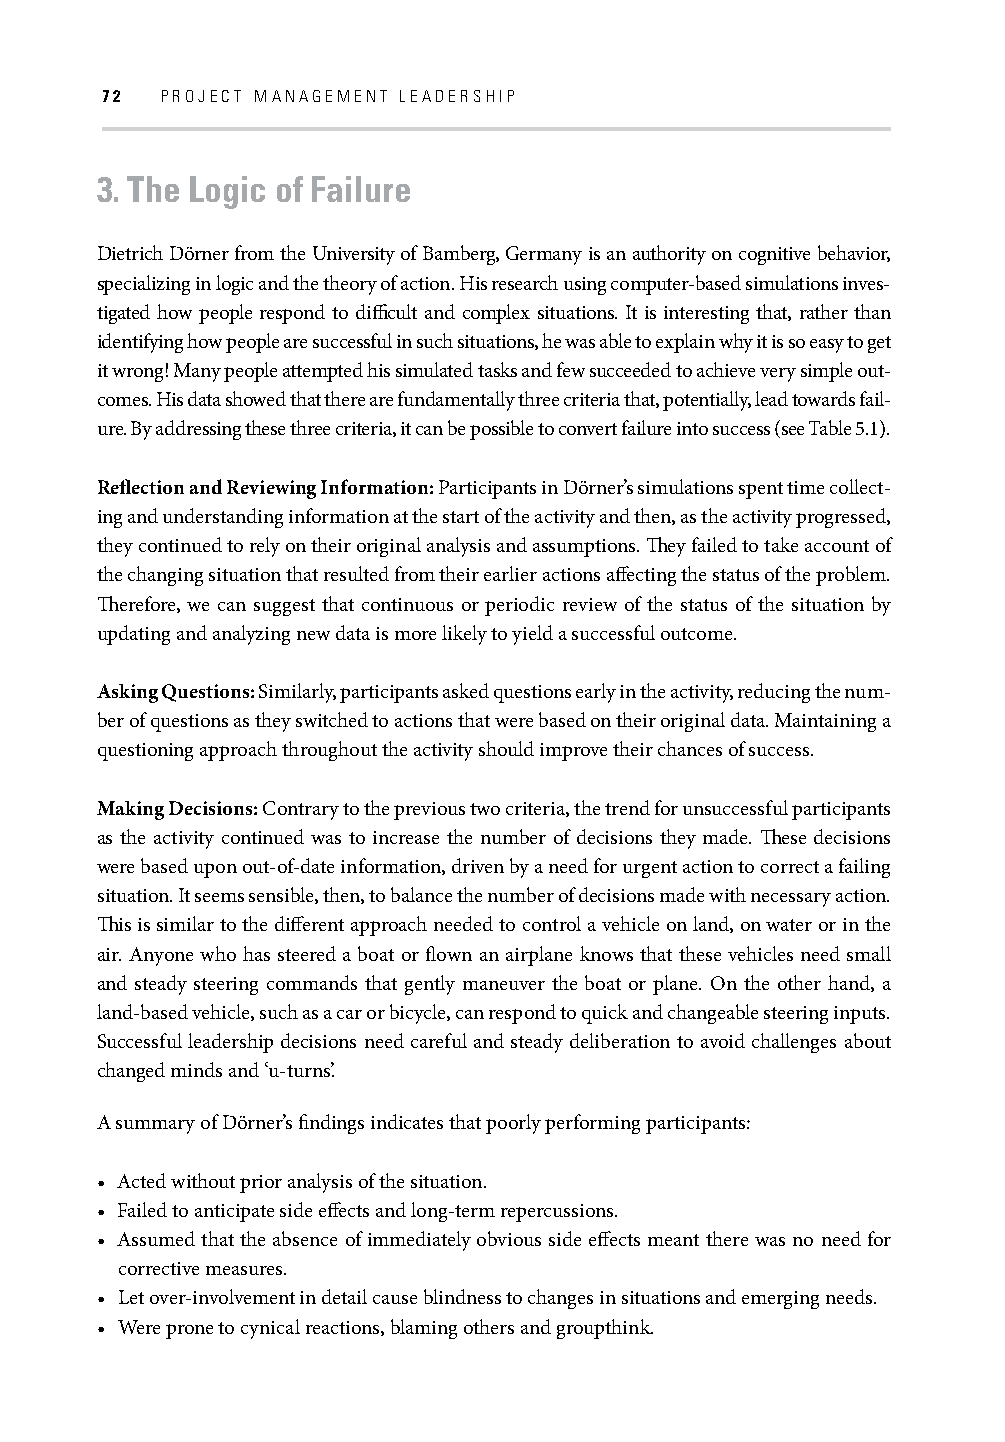
72  PROJECT MANAGEMENT LEADERSHIP
 3. The Logic of Failure
 Dietrich Dörner from the University of Bamberg, Germany is an authority on cognitive behavior,
 specializing in logic and the theory of action. His research using computer-based simulations inves-
 tigated how people respond to diffi cult and complex situations. It is interesting that, rather than
 identifying how people are successful in such situations, he was able to explain why it is so easy to get
 it wrong! Many people attempted his simulated tasks and few succeeded to achieve very simple out-
 comes. His data showed that there are fundamentally three criteria that, potentially, lead towards fail-
 ure. By addressing these three criteria, it can be possible to convert failure into success (see Table 5.1).
 Refl ection and Reviewing Information: Participants in Dörner’s simulations spent time collect-
 ing and understanding information at the start of the activity and then, as the activity progressed,
 they continued to rely on their original analysis and assumptions. Th ey failed to take account of
 the changing situation that resulted from their earlier actions aff ecting the status of the problem.
 Th erefore, we can suggest that continuous or periodic review of the status of the situation by
 updating and analyzing new data is more likely to yield a successful outcome.
 Asking Questions: Similarly, participants asked questions early in the activity, reducing the num-
 ber of questions as they switched to actions that were based on their original data. Maintaining a
 questioning approach throughout the activity should improve their chances of success.
 Making Decisions: Contrary to the previous two criteria, the trend for unsuccessful participants
 as the activity continued was to increase the number of decisions they made. Th ese decisions
 were based upon out-of-date information, driven by a need for urgent action to correct a failing
 situation. It seems sensible, then, to balance the number of decisions made with necessary action.
 Th is is similar to the diff erent approach needed to control a vehicle on land, on water or in the
 air. Anyone who has steered a boat or fl own an airplane knows that these vehicles need small
 and steady steering commands that gently maneuver the boat or plane. On the other hand, a
 land-based vehicle, such as a car or bicycle, can respond to quick and changeable steering inputs.
 Successful leadership decisions need careful and steady deliberation to avoid challenges about
 changed minds and ‘u-turns’.
 A summary of Dörner’s fi ndings indicates that poorly performing participants:
 • Acted without prior analysis of the situation.
 • Failed to anticipate side eff ects and long-term repercussions.
 • Assumed that the absence of immediately obvious side eff ects meant there was no need for
 corrective measures.
 • Let over-involvement in detail cause blindness to changes in situations and emerging needs.
 • Were prone to cynical reactions, blaming others and groupthink.